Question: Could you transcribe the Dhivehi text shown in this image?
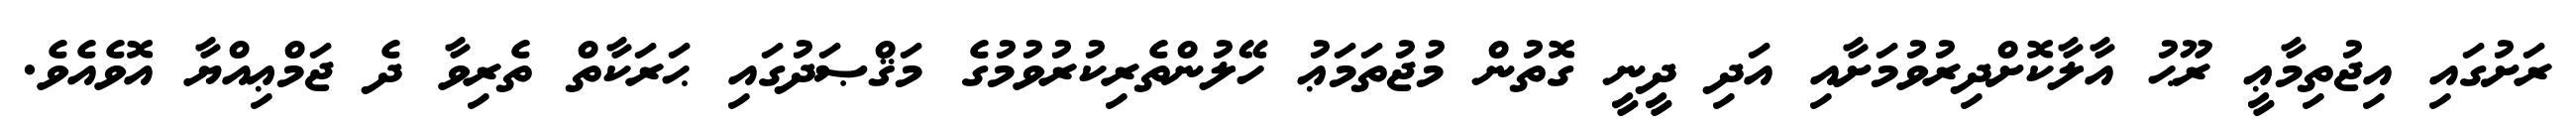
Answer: ރަށުގައި އިޖުތިމާޢީ ރޫޙު އާލާކޮށްދިރުވުމަށާއި އަދި ދީނީ ގޮތުން މުޖުތަމަޢު ހޭލުންތެރިކުރުވުމުގެ މަޤްޞަދުގައި ޙަރަކާތް ތެރިވާ ދެ ޖަމްޢިއްޔާ އޮވެއެވެ.